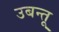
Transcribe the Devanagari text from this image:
उबन्तू